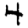
Digit: 4